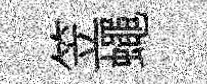
笠蠅